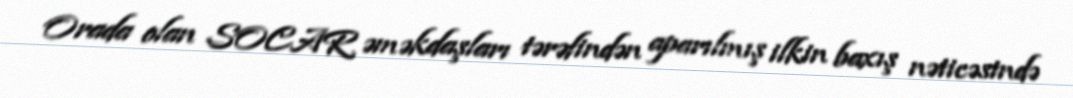
Orada olan SOCAR əməkdaşları tərəfindən aparılmış ilkin baxış nəticəsində